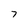
Character: 7